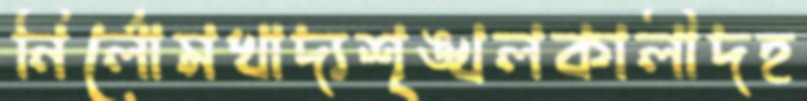
নির্লোমখাদ্যশৃঙ্খলকালীদহ